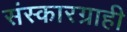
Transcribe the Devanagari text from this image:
संस्कारग्राही